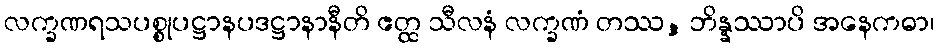
လက္ခဏရသပစ္စုပဋ္ဌာနပဒဋ္ဌာနာနီတိ ဧတ္ထ သီလနံ လက္ခဏံ တဿ, ဘိန္နဿာပိ အနေကဓာ၊